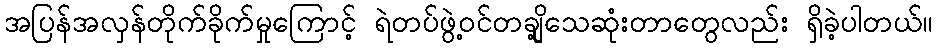
အပြန်အလှန်တိုက်ခိုက်မှုကြောင့် ရဲတပ်ဖွဲ့ဝင်တချို့သေဆုံးတာတွေလည်း ရှိခဲ့ပါတယ်။